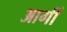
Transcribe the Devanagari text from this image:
आर्गी